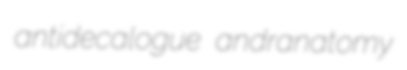
antidecalogue andranatomy